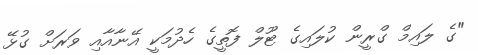
"ގެ ލައިމް ގްރީން ކުލައިގެ ޓޫލް ފޮތީގެ ހެދުމަކީ އޭނާއާއި ވަރަށް ގުޅޭ